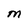
Character: M